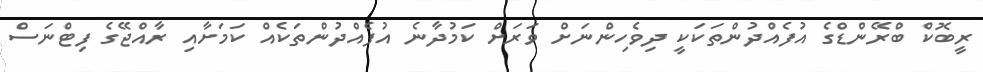
ރީބޮކް ބްރޭންޑްގެ އުފެއްދުންތަކަކީ ދިވެހިންނަށް ވަރަށް ކަމުދާނެ އުފެއްދުންތަކެއް ކަމަށާއި ރާއްޖޭގެ ފިޓްނަސް